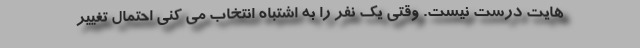
هایت درست نیست. وقتی یک نفر را به اشتباه انتخاب می کنی احتمال تغییر